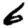
Digit: 6